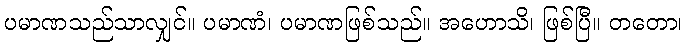
ပမာဏသည်သာလျှင်။ ပမာဏံ၊ ပမာဏဖြစ်သည်။ အဟောသိ၊ ဖြစ်ပြီ။ တတော၊